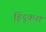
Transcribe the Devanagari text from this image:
हिंदूकश